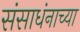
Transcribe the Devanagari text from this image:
संसाधंनाच्या